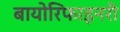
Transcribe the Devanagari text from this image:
बायोरिफाइनरी